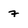
Character: 7